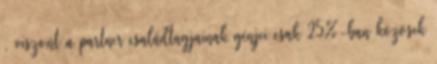
, viszont a partner családtagjainak génjei csak 25%-ban közösek